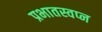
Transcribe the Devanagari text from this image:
प्रभातस्वप्न